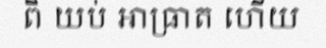
ពី យប់ អាធ្រាត ហើយ